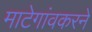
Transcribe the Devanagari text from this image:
माटेगांवकरने